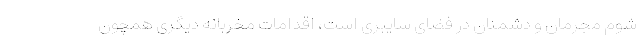
شوم مجرمان و دشمنان در فضای سایبری است، اقدامات مخربانه دیگری همچون